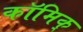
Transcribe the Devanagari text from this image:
कॉमिक्